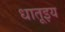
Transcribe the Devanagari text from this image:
धातूइय